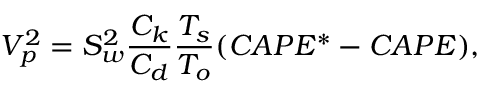
V _ { p } ^ { 2 } = S _ { w } ^ { 2 } \frac { C _ { k } } { C _ { d } } \frac { T _ { s } } { T _ { o } } ( C A P E ^ { * } - C A P E ) ,